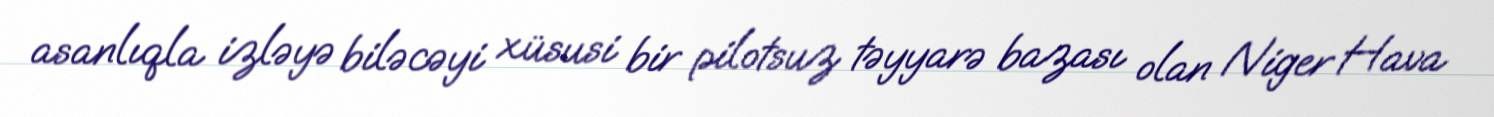
asanlıqla izləyə biləcəyi xüsusi bir pilotsuz təyyarə bazası olan Niger Hava